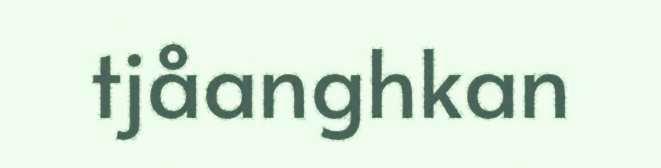
tjåanghkan